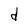
Character: d